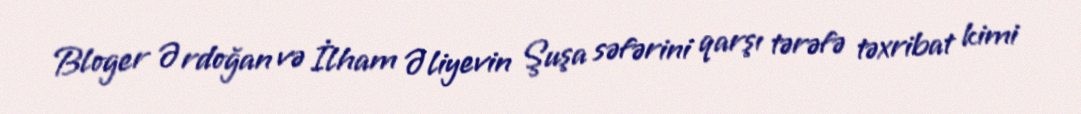
Bloger Ərdoğan və İlham Əliyevin Şuşa səfərini qarşı tərəfə təxribat kimi